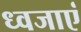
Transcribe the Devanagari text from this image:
ध्वजाएं